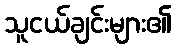
သူငယ်ချင်းများ၏